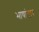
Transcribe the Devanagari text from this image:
भाषांतार